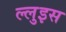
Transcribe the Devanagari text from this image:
ल्लुइस